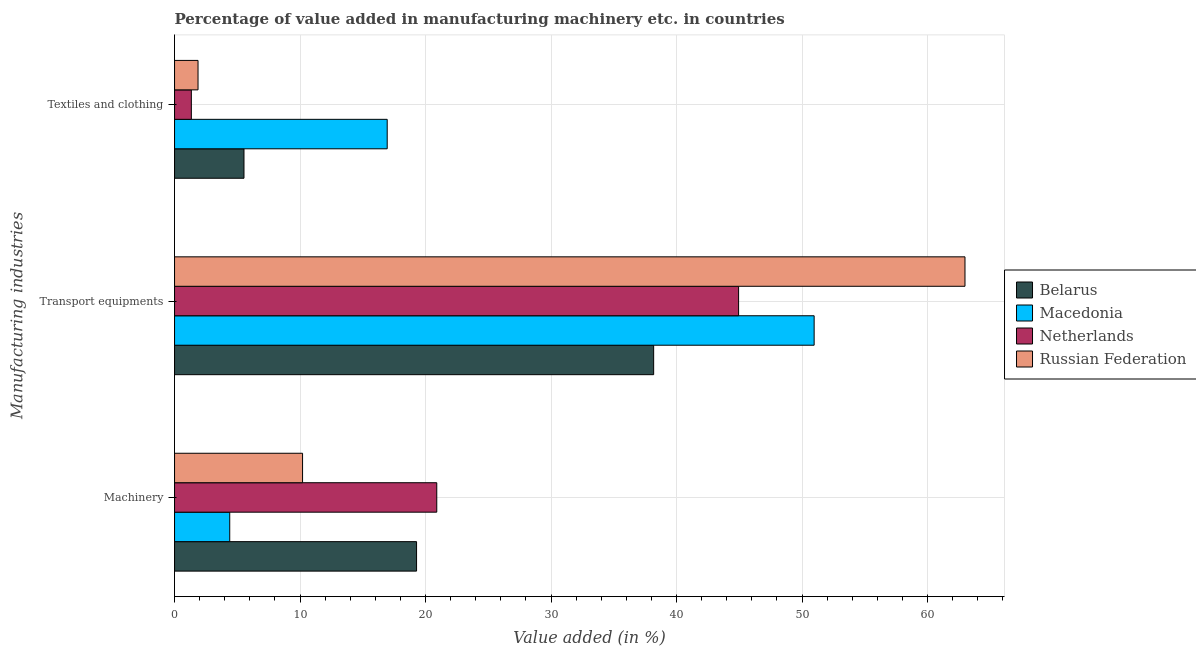
| Manufacturing industries | Belarus | Macedonia | Netherlands | Russian Federation |
 | --- | --- | --- | --- | --- |
 | Machinery | 19.3 | 4.4 | 20.9 | 10.2 |
 | Transport equipments | 38.2 | 51 | 44.9 | 63 |
 | Textiles and clothing | 5.53 | 16.9 | 1.34 | 1.87 |